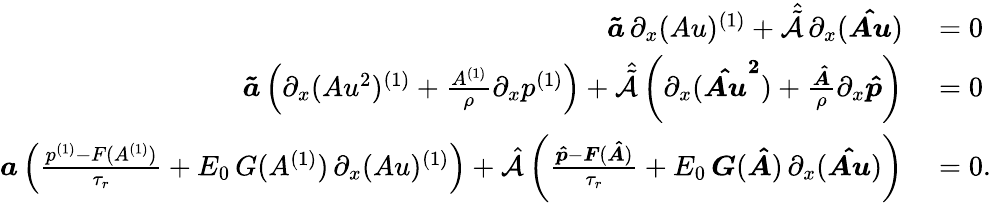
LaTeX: \begin{array}{rl}{\boldsymbol{\tilde{a}}\, \partial_{x}(Au)^{(1)}+\hat{\tilde{\mathcal{A}}}\, \partial_{x}(\boldsymbol{\hat{Au}})}&{{}=0}\\ {\boldsymbol{\tilde{a}}\left(\partial_{x}(Au^{2})^{(1)}+\frac{A^{(1)}}{\rho}\partial_{x}p^{(1)}\right)+\hat{\tilde{\mathcal{A}}}\left(\partial_{x}(\boldsymbol{\hat{Au}^{2}})+\frac{\boldsymbol{\hat{A}}}{\rho}\partial_{x}\boldsymbol{\hat{p}}\right)}&{{}=0}\\ {\boldsymbol{a}\left(\frac{p^{(1)}-F(A^{(1)})}{\tau_{r}}+E_{0}\, G(A^{(1)})\, \partial_{x}(Au)^{(1)}\right)+\hat{\mathcal{A}}\left(\frac{\boldsymbol{\hat{p}}-\boldsymbol{F}(\boldsymbol{\hat{A}})}{\tau_{r}}+E_{0}\, \boldsymbol{G}(\boldsymbol{\hat{A}})\, \partial_{x}(\boldsymbol{\hat{Au}})\right)}&{{}=0.}\end{array}